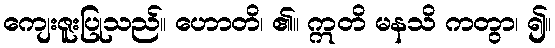
ကျေးဇူးပြုသည်။ ဟောတိ၊ ၏။ ဣတိ မနသိ ကတွာ၊ ၍။